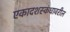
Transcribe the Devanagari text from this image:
एकादशस्कंधावरील